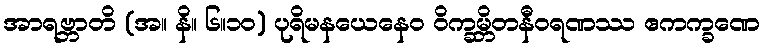
အာရဗ္ဘာတိ (အ။ နိ။ ၆။၁၀) ပုရိမနယေနေဝ ဝိက္ခမ္ဘိတနီဝရဏဿ ဧကက္ခဏေ